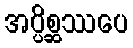
အပ္ပိစ္ဆဿပေ